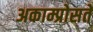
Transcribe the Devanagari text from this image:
अकाम्प्रोसते